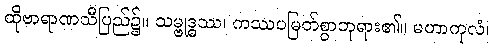
ထိုဗာရာဏသီပြည်၌။ သမ္ဗုဒ္ဓဿ၊ ကဿပမြတ်စွာဘုရား၏။ မဟာကုလံ၊